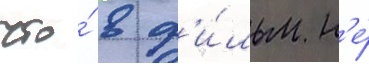
что́ в ф'и́льм н'е́